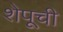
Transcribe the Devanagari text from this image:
शेपूची